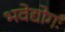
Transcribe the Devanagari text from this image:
भवेद्योगः